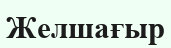
Желшағыр